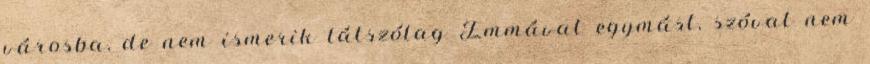
városba, de nem ismerik látszólag Emmával egymást, szóval nem